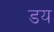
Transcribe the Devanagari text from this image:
डय